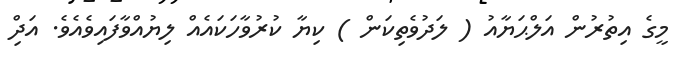
މީގެ އިތުރުން އަލްޙަޔާއު ( ލަދުވެތިކަން ) ކިޔާ ކުރުވާހަކައެއް ލިޔުއްވާފައިވެއެވެ. އަދިް